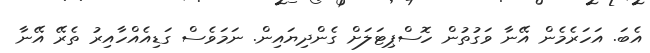
އެބަ. އަހަރެމެން އޭނާ ވަގުތުން ހޮސްޕިޓަލަށް ގެންދިޔައިން. ނަމަވެސް ގަޑިއެއްހާއިރު ތެރޭ އޭނާ